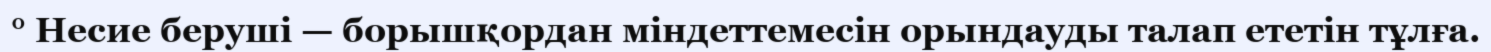
° Несие беруші — борышқордан міндеттемесін орындауды талап ететін тұлға.